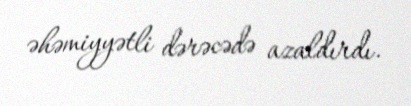
əhəmiyyətli dərəcədə azaldırdı.